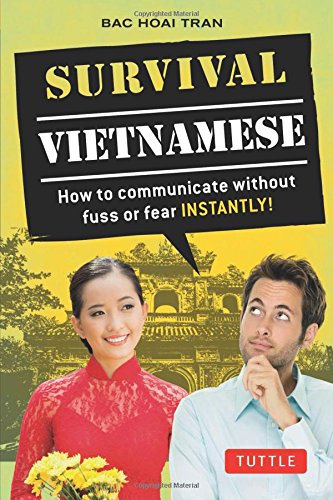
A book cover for Survival Vietnamese: How to Communicate without Fuss or Fear - Instantly! (Vietnamese Phrasebook) (Survival Series); Bac Hoai Tran; Travel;